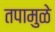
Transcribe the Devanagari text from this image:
तपामुळे